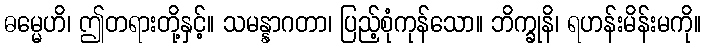
ဓမ္မေဟိ၊ ဤတရားတို့နှင့်။ သမန္နာဂတာ၊ ပြည့်စုံကုန်သော။ ဘိက္ခုနိ၊ ရဟန်းမိန်းမကို။